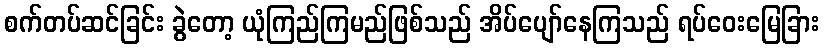
စက်တပ်ဆင်ခြင်း ခွဲတော့ ယုံကြည်ကြမည်ဖြစ်သည် အိပ်ပျော်နေကြသည် ရပ်ဝေးမြေခြား